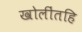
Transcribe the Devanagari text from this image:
खोलींतहि